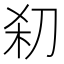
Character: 𰄪